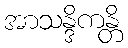
အာသန္ဒိကန္တိ